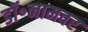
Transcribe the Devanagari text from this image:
डॉ॰नामवर